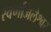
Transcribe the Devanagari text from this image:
स्वर्णाजलेश्वर